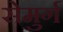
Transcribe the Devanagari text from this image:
सेमुर्ग